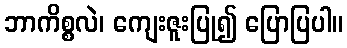
ဘာကိစ္စလဲ၊ ကျေးဇူးပြု၍ ပြောပြပါ။